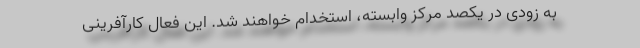
به زودی در یکصد مرکز وابسته، استخدام خواهند شد. این فعال کارآفرینی